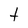
Character: t